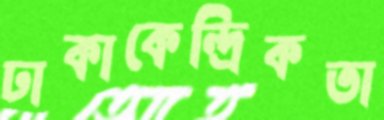
ঢাকাকেন্দ্রিকতা